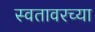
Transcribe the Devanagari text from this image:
स्वतावरच्या